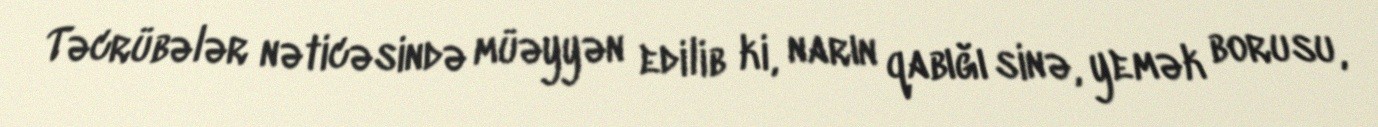
Təcrübələr nəticəsində müəyyən edilib ki, narın qabığı sinə, yemək borusu,